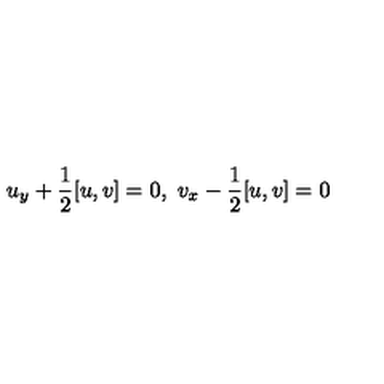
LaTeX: u _ { y } + \frac { 1 } { 2 } [ u , v ] = 0 , \ v _ { x } - \frac { 1 } { 2 } [ u , v ] = 0